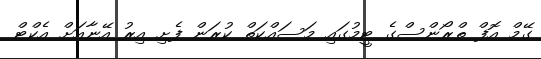
ގޭމް އޮފް ތްރޯންސްގެ ޓީމުގައި މަސައްކަތް ކުރަން ފެށި އިރު އޭނާއަށް އެކްޓް